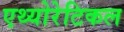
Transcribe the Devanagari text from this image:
एथ्योरेटिकल